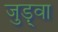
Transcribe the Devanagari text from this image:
जुड़्वा